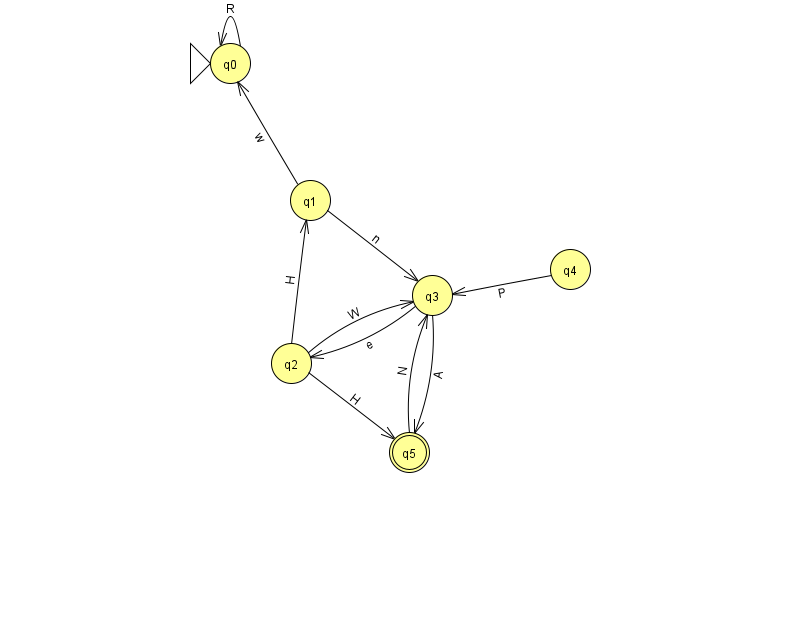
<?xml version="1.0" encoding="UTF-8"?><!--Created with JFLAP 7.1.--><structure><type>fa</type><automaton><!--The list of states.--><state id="0" name="q0"><x>230.0</x><y>50.0</y><initial/></state><state id="1" name="q1"><x>310.0</x><y>187.0</y></state><state id="2" name="q2"><x>291.0</x><y>350.0</y></state><state id="3" name="q3"><x>432.0</x><y>282.0</y></state><state id="4" name="q4"><x>570.0</x><y>256.0</y></state><state id="5" name="q5"><x>409.0</x><y>439.0</y><final/></state><!--The list of transitions.--><transition><from>0</from><to>0</to><read>R</read></transition><transition><from>1</from><to>3</to><read>n</read></transition><transition><from>5</from><to>3</to><read>N</read></transition><transition><from>2</from><to>3</to><read>W</read></transition><transition><from>3</from><to>5</to><read>A</read></transition><transition><from>1</from><to>0</to><read>w</read></transition><transition><from>3</from><to>2</to><read>e</read></transition><transition><from>2</from><to>1</to><read>H</read></transition><transition><from>4</from><to>3</to><read>P</read></transition><transition><from>2</from><to>5</to><read>H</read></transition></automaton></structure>